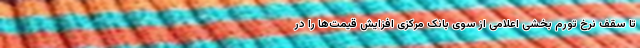
تا سقف نرخ تورم بخشی اعلامی از سوی بانک مرکزی افزایش قیمت‌ها را در